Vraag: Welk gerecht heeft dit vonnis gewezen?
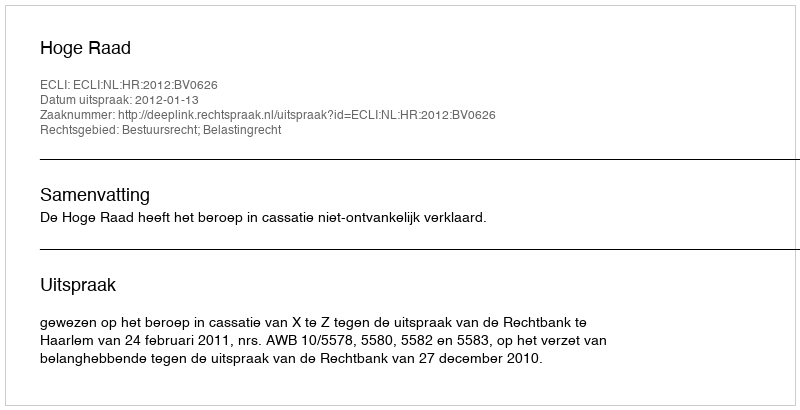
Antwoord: Hoge Raad